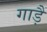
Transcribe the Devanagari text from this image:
गाड़ैं